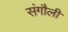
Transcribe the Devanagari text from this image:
संगौली